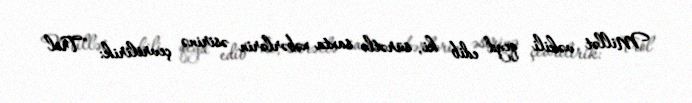
Millət vəkili qeyd edib ki, sürətlə saxta xəbərlərin əsirinə çevrilirik: "Trol